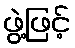
ဖွဲ့ဖြင့်